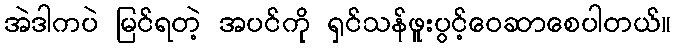
အဲဒါကပဲ မြင်ရတဲ့ အပင်ကို ရှင်သန်ဖူးပွင့်ဝေဆာစေပါတယ်။